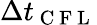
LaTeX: \Delta t_{\mathrm{~C~F~L~}}